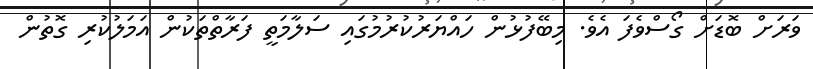
ވަރަށް ބޮޑަށް ގޯސްވެފަ އެވެ. މިބޭފުޅުން ހައްޔަރުކުރުމުގައި ސަލާމަތީ ފަރާތްތަކުން އަމަލުކުރި ގޮތުން